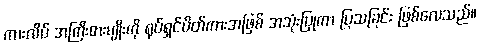
ကားလိပ် အကြီးစားမျိုးကို ရုပ်ရှင်ပိတ်ကားအဖြစ် အသုံးပြုကာ ပြသခြင်း ဖြစ်လေသည်။